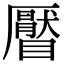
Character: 𥌅